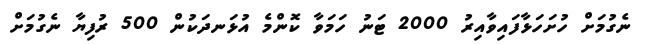
ނެގުމަށް ހުށަހަޅާފައިވާއިރު 2000 ޓަނު ހަމަވާ ކޮންމެ އުޅަނދަކުން 500 ރުފިޔާ ނެގުމަށް